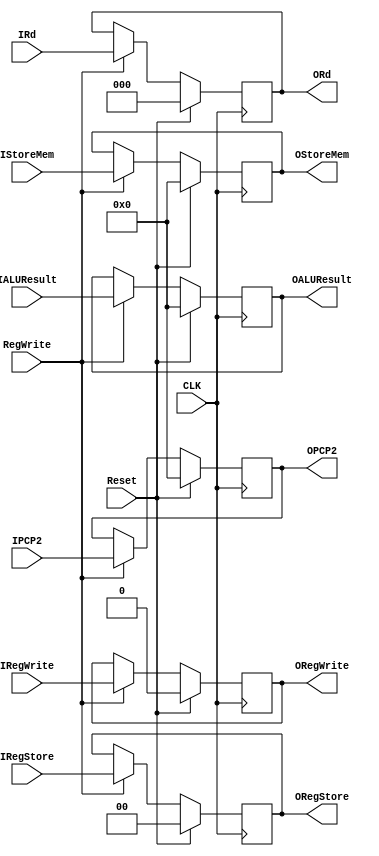
module MEM_WB(
    input [0:0] IRegWrite,
    input [1:0] IRegStore,
    input [15:0] IPCP2,
    input [15:0] IALUResult,
    input [15:0] IStoreMem,
    input [2:0] IRd,
    input CLK,
    input Reset,
    input RegWrite,
    output reg[0:0] ORegWrite,
    output reg[1:0] ORegStore,
    output reg[15:0] OPCP2,
    output reg[15:0] OALUResult,
    output reg[15:0] OStoreMem,
    output reg[2:0] ORd
);

always @ (posedge(CLK))
begin
    if (Reset != 1) begin
        if(RegWrite == 1) begin
            ORegWrite = IRegWrite;
            ORegStore = IRegStore;
            OPCP2 = IPCP2;
            OALUResult = IALUResult;
            OStoreMem = IStoreMem;
            ORd = IRd;
        end
    end else begin 
            ORegWrite = 0;
            ORegStore = 0;
            OPCP2 = 0;
            OALUResult = 0;
            OStoreMem = 0;
            ORd = 0;
    end
end

endmodule